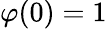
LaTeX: \varphi(0)=1